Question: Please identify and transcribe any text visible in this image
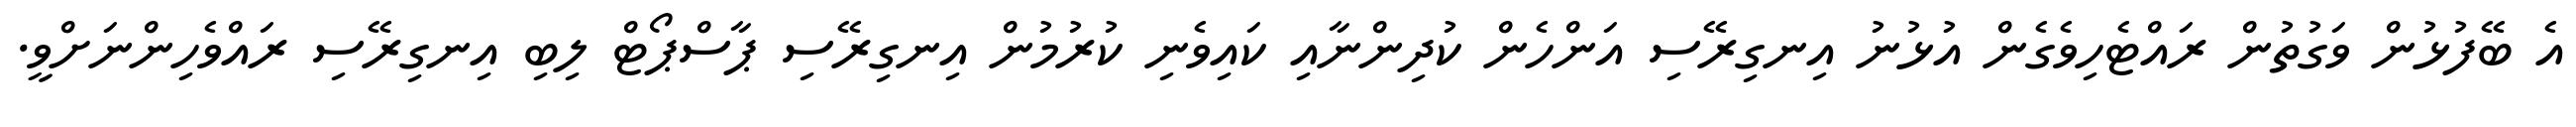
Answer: އެ ބޭފުޅުން ވަގުތުން ރައްޓެހިވެގެން އުޅުނު އިނގިރޭސި އަންހެން ކުދިންނާއި ކައިވެނި ކުރުމުން އިނގިރޭސި ޕާސްޕޯޓް ލިބި އިނގިރޭސި ރައްވެހިންނަށްވީ.